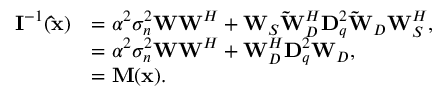
\begin{array} { r l } { { \mathbf { I } ^ { - 1 } ( { \mathbf { \hat { x } } } ) } } & { = \alpha ^ { 2 } \sigma _ { n } ^ { 2 } \mathbf { W } \mathbf { W } ^ { H } + \mathbf { W } _ { S } \mathbf { \tilde { W } } _ { D } ^ { H } \mathbf { D } _ { q } ^ { 2 } \mathbf { \tilde { W } } _ { D } \mathbf { W } _ { S } ^ { H } , } \\ & { = \alpha ^ { 2 } \sigma _ { n } ^ { 2 } \mathbf { W } \mathbf { W } ^ { H } + \mathbf { W } _ { D } ^ { H } \mathbf { D } _ { q } ^ { 2 } \mathbf { W } _ { D } , } \\ & { = \mathbf { M } ( \mathbf { x } ) . } \end{array}